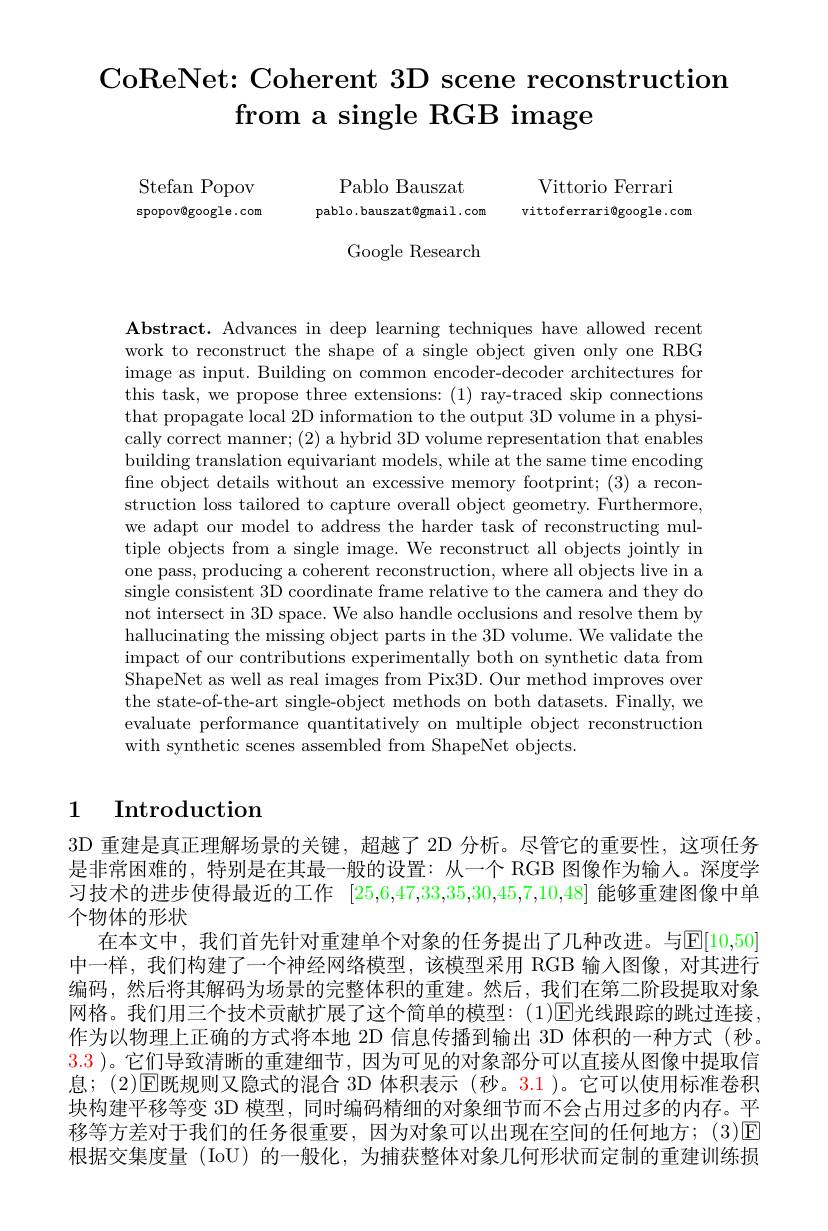
# CoReNet: Coherent 3D scene reconstruction from a single RGB image

Stefan Popov spopov@google.com

Pablo Bauszat
pablo.bauszat@gmail.com vittoferrari@google.com

Google Research

Vittorio Ferrari

Abstract. Advances in deep learning techniques have allowed recent work to reconstruct the shape of a single object given only one RBG image as input. Building on common encoder-decoder architectures for this task, we propose three extensions: (1) ray-traced skip connections that propagate local 2D information to the output 3D volume in a physically correct manner; (2) a hybrid 3D volume representation that enables building translation equivariant models, while at the same time encoding fine object details without an excessive memory footprint; (3) a reconstruction loss tailored to capture overall object geometry. Furthermore, we adapt our model to address the harder task of reconstructing multiple objects from a single image. We reconstruct all objects jointly in one pass, producing a coherent reconstruction, where all objects live in a single consistent 3D coordinate frame relative to the camera and they do not intersect in 3D space. We also handle occlusions and resolve them by hallucinating the missing object parts in the 3D volume. We validate the impact of our contributions experimentally both on synthetic data from ShapeNet as well as real images from Pix3D. Our method improves over the state-of-the-art single-object methods on both datasets. Finally, we evaluate performance quantitatively on multiple object reconstruction with synthetic scenes assembled from ShapeNet objects.

# 1 Introduction

3D 重建是真正理解场景的关键，超越了 2D 分析。尽管它的重要性，这项任务是非常困难的，特别是在其最一般的设置：从一个 RGB 图像作为输人。深度学习技术的进步使得最近的工作[25,6,47,33,35,30,45,7,10,48]能够重建图像中单个物体的形状
在本文中，我们首先针对重建单个对象的任务提出了几种改进。与$\mathbb{E}[10,50]$ 中一样，我们构建了一个神经网络模型，该模型采用 RGB 输入图像，对其进行编码，然后将其解码为场景的完整体积的重建。然后，我们在第二阶段提取对象网格。我们用三个技术贡献扩展了这个简单的模型：(1)[E光线跟踪的跳过连接， 作为以物理上正确的方式将本地 2D 信息传播到输出 3D 体积的一种方式(秒。3.3 )。它们导致清晰的重建细节，因为可见的对象部分可以直接从图像中提取信息；(2)$\operatorname{E}$既规则又隐式的混合 3D 体积表示 (秒。3.1)。它可以使用标准卷积块构建平移等变 3D 模型，同时编码精细的对象细节而不会占用过多的内存。平移等方差对于我们的任务很重要，因为对象可以出现在空间的任何地方；(3)区根据交集度量 (IoU) 的一般化，为捕获整体对象几何形状而定制的重建训练损